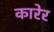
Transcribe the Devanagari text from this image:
कारेर